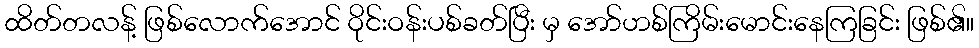
ထိတ်တလန့် ဖြစ်လောက်အောင် ဝိုင်းဝန်းပစ်ခတ်ပြီး မှ အော်ဟစ်ကြိမ်းမောင်းနေကြခြင်း ဖြစ်၏။